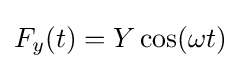
F_{y}(t)=Y\cos(\omega t)